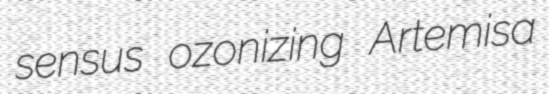
sensus ozonizing Artemisa